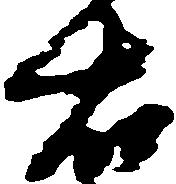
左